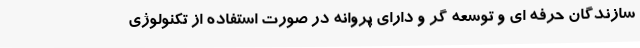
سازندگان حرفه ای و توسعه گر و دارای پروانه در صورت استفاده از تکنولوژی